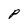
Character: P